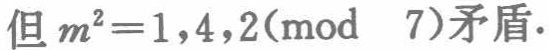
但 \(m^{2}=1,4,2(\bmod\ 7)\)矛盾.